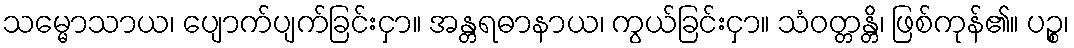
သမ္မောသာယ၊ ပျောက်ပျက်ခြင်းငှာ။ အန္တရဓာနာယ၊ ကွယ်ခြင်းငှာ။ သံဝတ္တန္တိ၊ ဖြစ်ကုန်၏။ ပဉ္စ၊